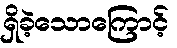
ရှိခဲ့သောကြောင့်